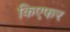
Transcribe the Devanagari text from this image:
किएफर